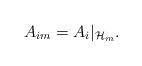
LaTeX: \begin{align*}A_{im} = A_i|_{\mathcal{H}_m}.\end{align*}